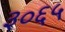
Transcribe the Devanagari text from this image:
३०६५